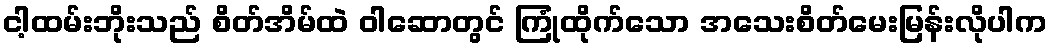
ငါ့ထမ်းဘိုးသည် စိတ်အိမ်ထဲ ဝါဆောတွင် ကြုံထိုက်သော အသေးစိတ်မေးမြန်းလိုပါက